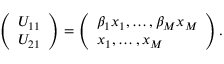
\begin{array} { r } { \left( \begin{array} { l } { U _ { 1 1 } } \\ { U _ { 2 1 } } \end{array} \right) = \left( \begin{array} { l } { \beta _ { 1 } x _ { 1 } , \ldots , \beta _ { M } x _ { M } } \\ { x _ { 1 } , \ldots , x _ { M } } \end{array} \right) . } \end{array}